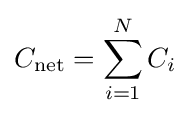
C_{\mathrm {net} }=\sum _{i=1}^{N}C_{i}\,\!